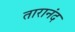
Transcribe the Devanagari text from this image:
तारानंद